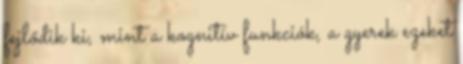
fejlődik ki, mint a kognitív funkciók, a gyerek ezeket